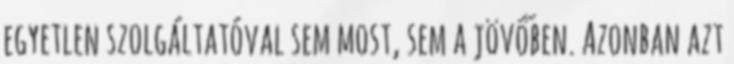
egyetlen szolgáltatóval sem most, sem a jövőben. Azonban azt